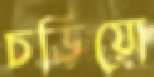
চড়িয়ো